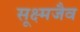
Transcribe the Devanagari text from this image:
सूक्ष्मजैव